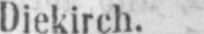
Diekirch.